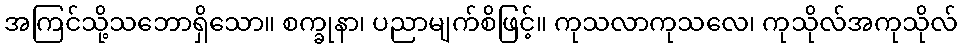
အကြင်သို့သဘောရှိသော။ စက္ခုနာ၊ ပညာမျက်စိဖြင့်။ ကုသလာကုသလေ၊ ကုသိုလ်အကုသိုလ်